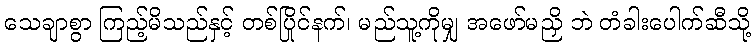
သေချာစွာ ကြည့်မိသည်နှင့် တစ်ပြိုင်နက်၊ မည်သူ့ကိုမျှ အဖော်မညှိ ဘဲ တံခါးပေါက်ဆီသို့